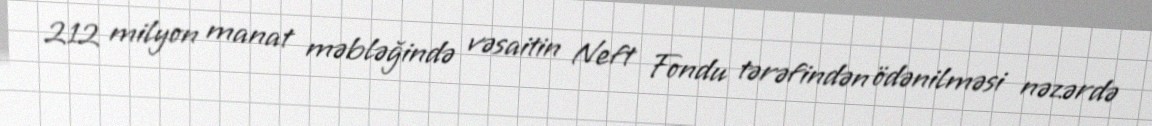
212 milyon manat məbləğində vəsaitin Neft Fondu tərəfindən ödənilməsi nəzərdə